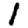
Digit: 1